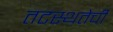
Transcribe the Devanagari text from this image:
तटस्थतेची